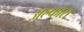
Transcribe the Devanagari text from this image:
अल्फोरा